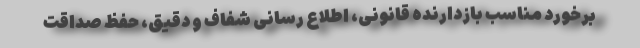
برخورد مناسب بازدارنده قانونی، اطلاع رسانی شفاف و دقیق، حفظ صداقت